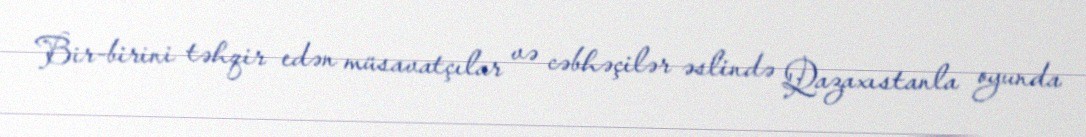
Bir-birini təhqir edən müsavatçılar və cəbhəçilər əslində Qazaxıstanla oyunda